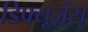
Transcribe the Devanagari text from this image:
डिफ्यूज़ंस